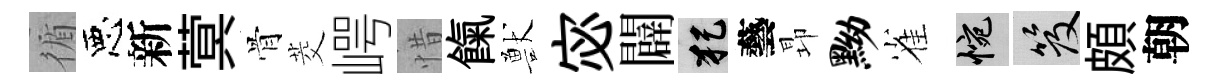
循惡新蓂骨茭崿惜餼獸宓闢犯藝昻黝雀惋笈頗朝